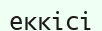
еккісі